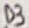
Text: D3